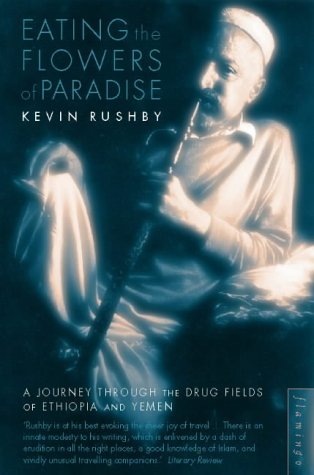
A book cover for Eating the Flowers of Paradise; Kevin Rushby; Travel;